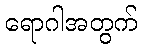
ရောဂါအတွက်